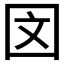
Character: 𪢨